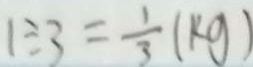
1 \div 3 = \frac { 1 } { 3 } ( k g )